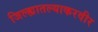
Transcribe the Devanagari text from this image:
जिल्ह्यातल्याकरवीर